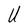
Character: U